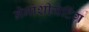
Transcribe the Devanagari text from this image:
नेगोशीयेटिंग